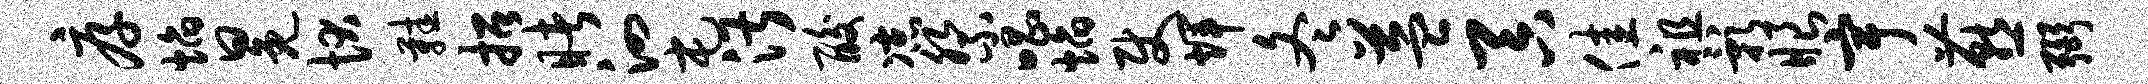
厚焰冕状鞋招睹泗屯湛酸凉祭唱焰使辉冬益吞佳祖影眼宇燕弼